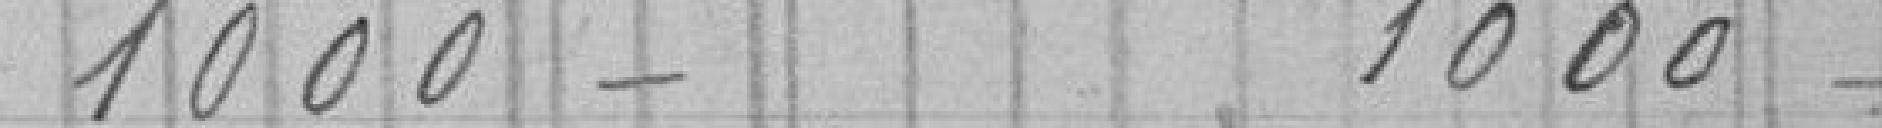
1000 -             1000 -